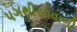
પગથીયાવાળી